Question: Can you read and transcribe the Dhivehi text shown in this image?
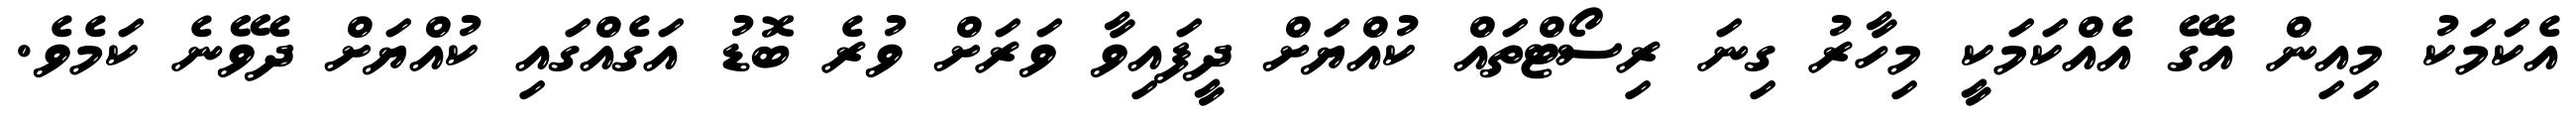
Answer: އެކަމަކު މިއިން އެގޭ އެއްކަމަކީ މިހާރު ގިނަ ރިސޯޓްތައް ކުއްޔަށް ދީފައިވާ ވަރަށް ވުރެ ބޮޑު އަގެއްގައި ކުއްޔަށް ދެވޭނެ ކަމެވެ.